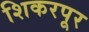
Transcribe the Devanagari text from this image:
शिकरपूर